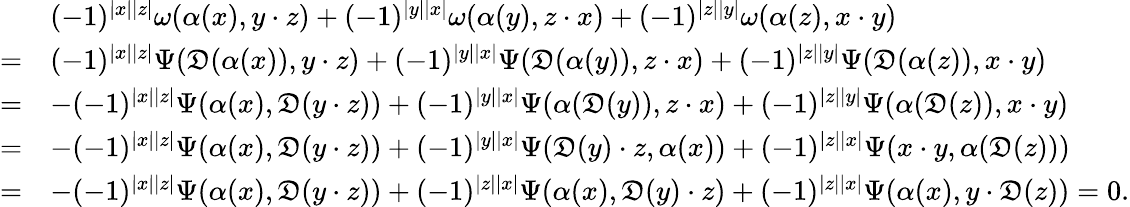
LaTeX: \begin{array}{rl}&{(-1)^{|x||z|}\omega(\alpha(x),y\cdot z)+(-1)^{|y||x|}\omega(\alpha(y),z\cdot x)+(-1)^{|z||y|}\omega(\alpha(z),x\cdot y)}\\ {=}&{(-1)^{|x||z|}\Psi(\mathfrak{D}(\alpha(x)),y\cdot z)+(-1)^{|y||x|}\Psi(\mathfrak{D}(\alpha(y)),z\cdot x)+(-1)^{|z||y|}\Psi(\mathfrak{D}(\alpha(z)),x\cdot y)}\\ {=}&{-(-1)^{|x||z|}\Psi(\alpha(x),\mathfrak{D}(y\cdot z))+(-1)^{|y||x|}\Psi(\alpha(\mathfrak{D}(y)),z\cdot x)+(-1)^{|z||y|}\Psi(\alpha(\mathfrak{D}(z)),x\cdot y)}\\ {=}&{-(-1)^{|x||z|}\Psi(\alpha(x),\mathfrak{D}(y\cdot z))+(-1)^{|y||x|}\Psi(\mathfrak{D}(y)\cdot z,\alpha(x))+(-1)^{|z||x|}\Psi(x\cdot y,\alpha(\mathfrak{D}(z)))}\\ {=}&{-(-1)^{|x||z|}\Psi(\alpha(x),\mathfrak{D}(y\cdot z))+(-1)^{|z||x|}\Psi(\alpha(x),\mathfrak{D}(y)\cdot z)+(-1)^{|z||x|}\Psi(\alpha(x),y\cdot\mathfrak{D}(z))=0.}\end{array}